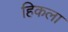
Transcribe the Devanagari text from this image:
हिकला